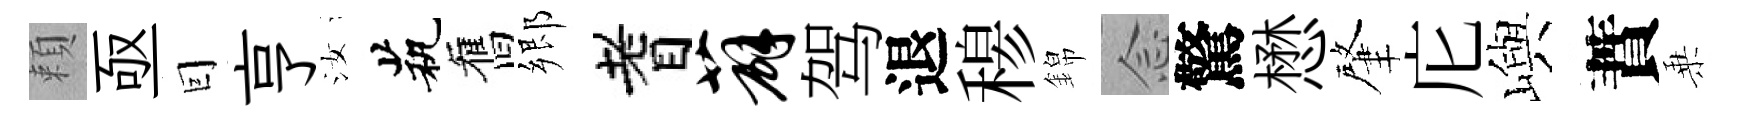
頼亟囙亨汝茕舊郷耆薜驾退𥠇錦𫝹驚懋肇庀嶼蕡乗